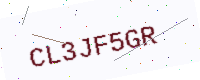
Text: CL3JF5GR